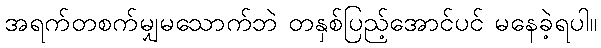
အရက်တစက်မျှမသောက်ဘဲ တနှစ်ပြည့်အောင်ပင် မနေခဲ့ရပါ။